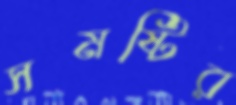
সমষ্টির